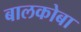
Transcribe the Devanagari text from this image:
बालकोबा